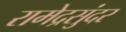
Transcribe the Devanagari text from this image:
रामेद्रसुंदर